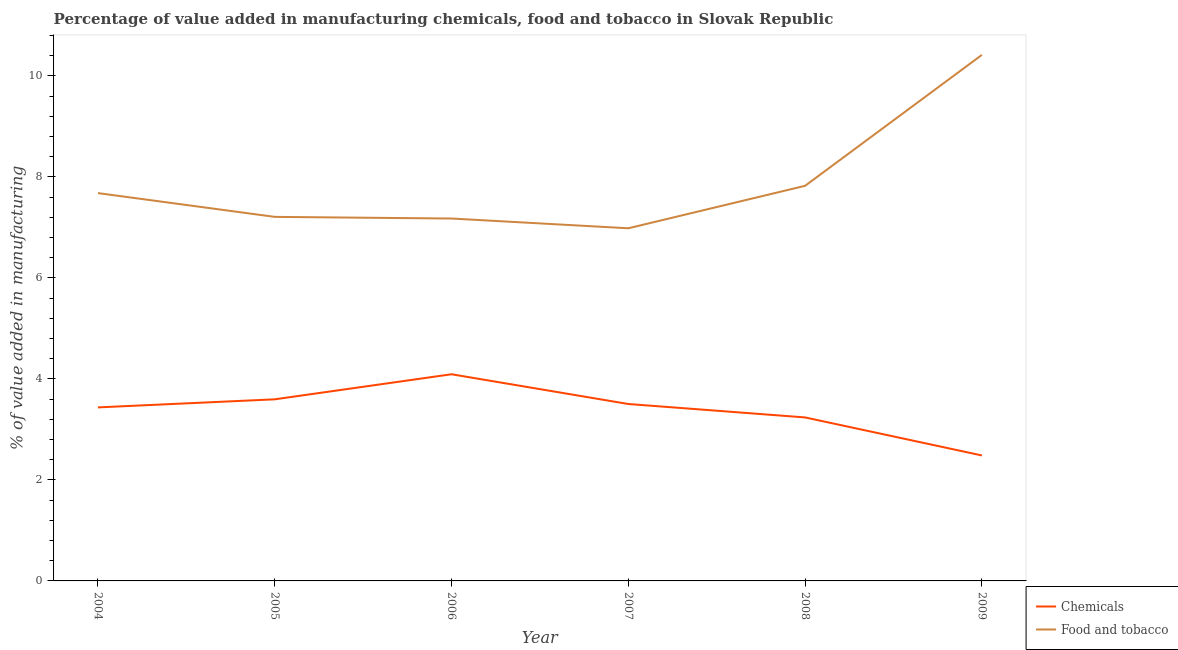
| Year | Chemicals | Food and tobacco |
 | --- | --- | --- |
 | 2004 | 3.44 | 7.68 |
 | 2005 | 3.6 | 7.21 |
 | 2006 | 4.09 | 7.18 |
 | 2007 | 3.5 | 6.98 |
 | 2008 | 3.24 | 7.82 |
 | 2009 | 2.48 | 10.4 |